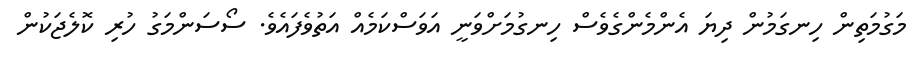
މަގުމަތިން ހިނގަމުން ދިޔަ އެންމެންގެވެސް ހިނގުމަށްވަނީ އަވަސްކަމެއް އަތުވެފައެވެ. ސޯސަންމަގު ހުރި ކޮލެޖަކުން